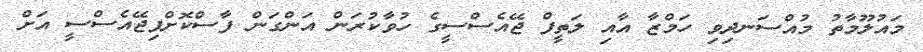
މައުލޫމާތު މުއްސަނދިވި ހަމްޒާ އާއި ލަތީފް ޖޭއެސްސީގެ ހުވާކުރަން އަންގަން ފާސްކޮށްފިޖޭއެސްސީ އަށް